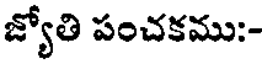
జ్యోతి పంచకము:-